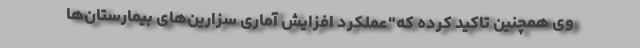
وی همچنین تاکید کرده که"عملکرد افزایش آماری سزارین‌های بیمارستان‌ها